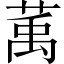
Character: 萭